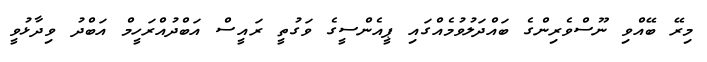
މިރޭ ބޭއްވި ނޫސްވެރިންގެ ބައްދަލުވުމެއްގައި ޕީއެންސީގެ ވަގުތީ ރައީސް އަބްދުއްރަހީމް އަބްދު ވިދާޅުވީ